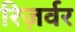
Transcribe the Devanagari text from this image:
रिज़र्वर